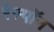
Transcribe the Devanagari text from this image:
रेस्पॉन